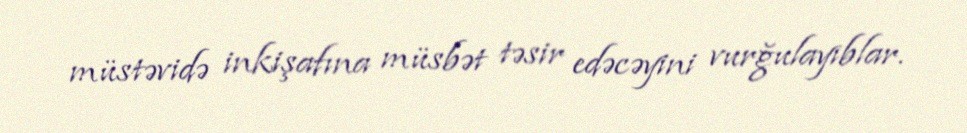
müstəvidə inkişafına müsbət təsir edəcəyini vurğulayıblar.